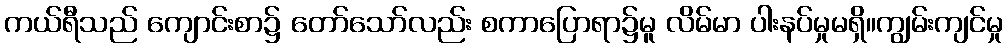
ကယ်ရီသည် ကျောင်းစာ၌ တော်သော်လည်း စကာပြောရာ၌မူ လိမ်မာ ပါးနပ်မှုမရှိ။ကျွမ်းကျင်မှု